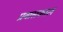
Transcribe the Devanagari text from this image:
प्रवासकाल